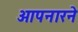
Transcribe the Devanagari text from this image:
आपनारने